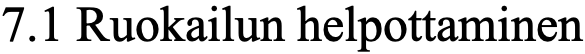
7.1 Ruokailun helpottaminen